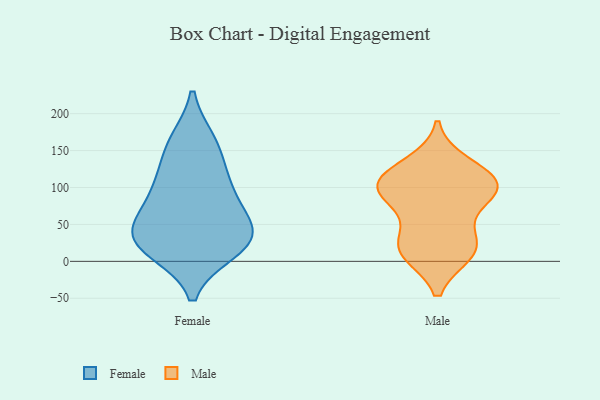
{"axis": {"x": "Market Share (%)", "y": "Value"}, "legend": ["Female", "Male"], "data": [{"x": "", "y": 42, "type": "Female"}, {"x": "", "y": 107, "type": "Female"}, {"x": "", "y": 163, "type": "Female"}, {"x": "", "y": 35, "type": "Female"}, {"x": "", "y": 17, "type": "Female"}, {"x": "", "y": 45, "type": "Female"}, {"x": "", "y": 45, "type": "Female"}, {"x": "", "y": 14, "type": "Female"}, {"x": "", "y": 125, "type": "Female"}, {"x": "", "y": 84, "type": "Female"}, {"x": "", "y": 161, "type": "Female"}, {"x": "", "y": 20, "type": "Female"}, {"x": "", "y": 86, "type": "Female"}, {"x": "", "y": 81, "type": "Male"}, {"x": "", "y": 96, "type": "Male"}, {"x": "", "y": 13, "type": "Male"}, {"x": "", "y": 12, "type": "Male"}, {"x": "", "y": 131, "type": "Male"}, {"x": "", "y": 110, "type": "Male"}, {"x": "", "y": 111, "type": "Male"}, {"x": "", "y": 101, "type": "Male"}, {"x": "", "y": 23, "type": "Male"}, {"x": "", "y": 27, "type": "Male"}, {"x": "", "y": 96, "type": "Male"}]}